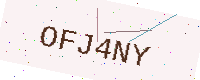
Text: OFJ4NY